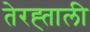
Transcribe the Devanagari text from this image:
तेरह्ताली